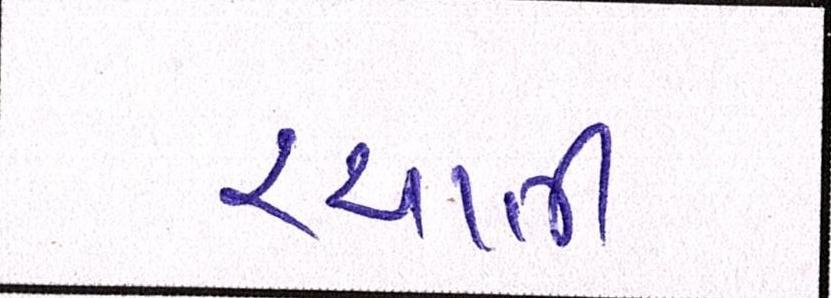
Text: રચાતી